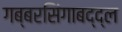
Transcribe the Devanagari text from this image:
गब्बरसिंगाबद्द्ल